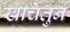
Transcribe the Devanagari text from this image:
खाचेतुन